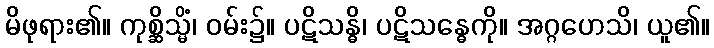
မိဖုရား၏။ ကုစ္ဆိသ္မိံ၊ ဝမ်း၌။ ပဋိသန္ဓိ၊ ပဋိသန္ဓေကို။ အဂ္ဂဟေသိ၊ ယူ၏။